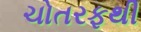
ચોતરફથી